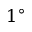
1 ^ { \circ }